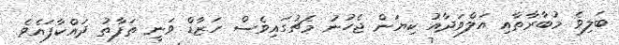
ބަލިވެ މުބާރާތާއި އަލްވަދާއު ކިޔަން ޖެހުނު މެޗުގައިވެސް ހަޒާޑް ވަނީ ތަފާތު ދައްކާފައެވެ.